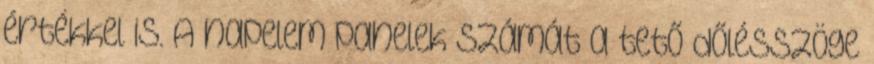
értékkel is. A napelem panelek számát a tető dőlésszöge